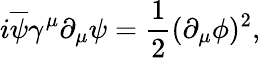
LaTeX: i\overline{{{\psi}}}\gamma^{\mu}\partial_{\mu}\psi=\frac{1}{2}(\partial_{\mu}\phi)^{2},